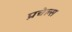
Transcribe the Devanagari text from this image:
प्रचेल्स